kultuurilooline_kollektsioon, lk 106
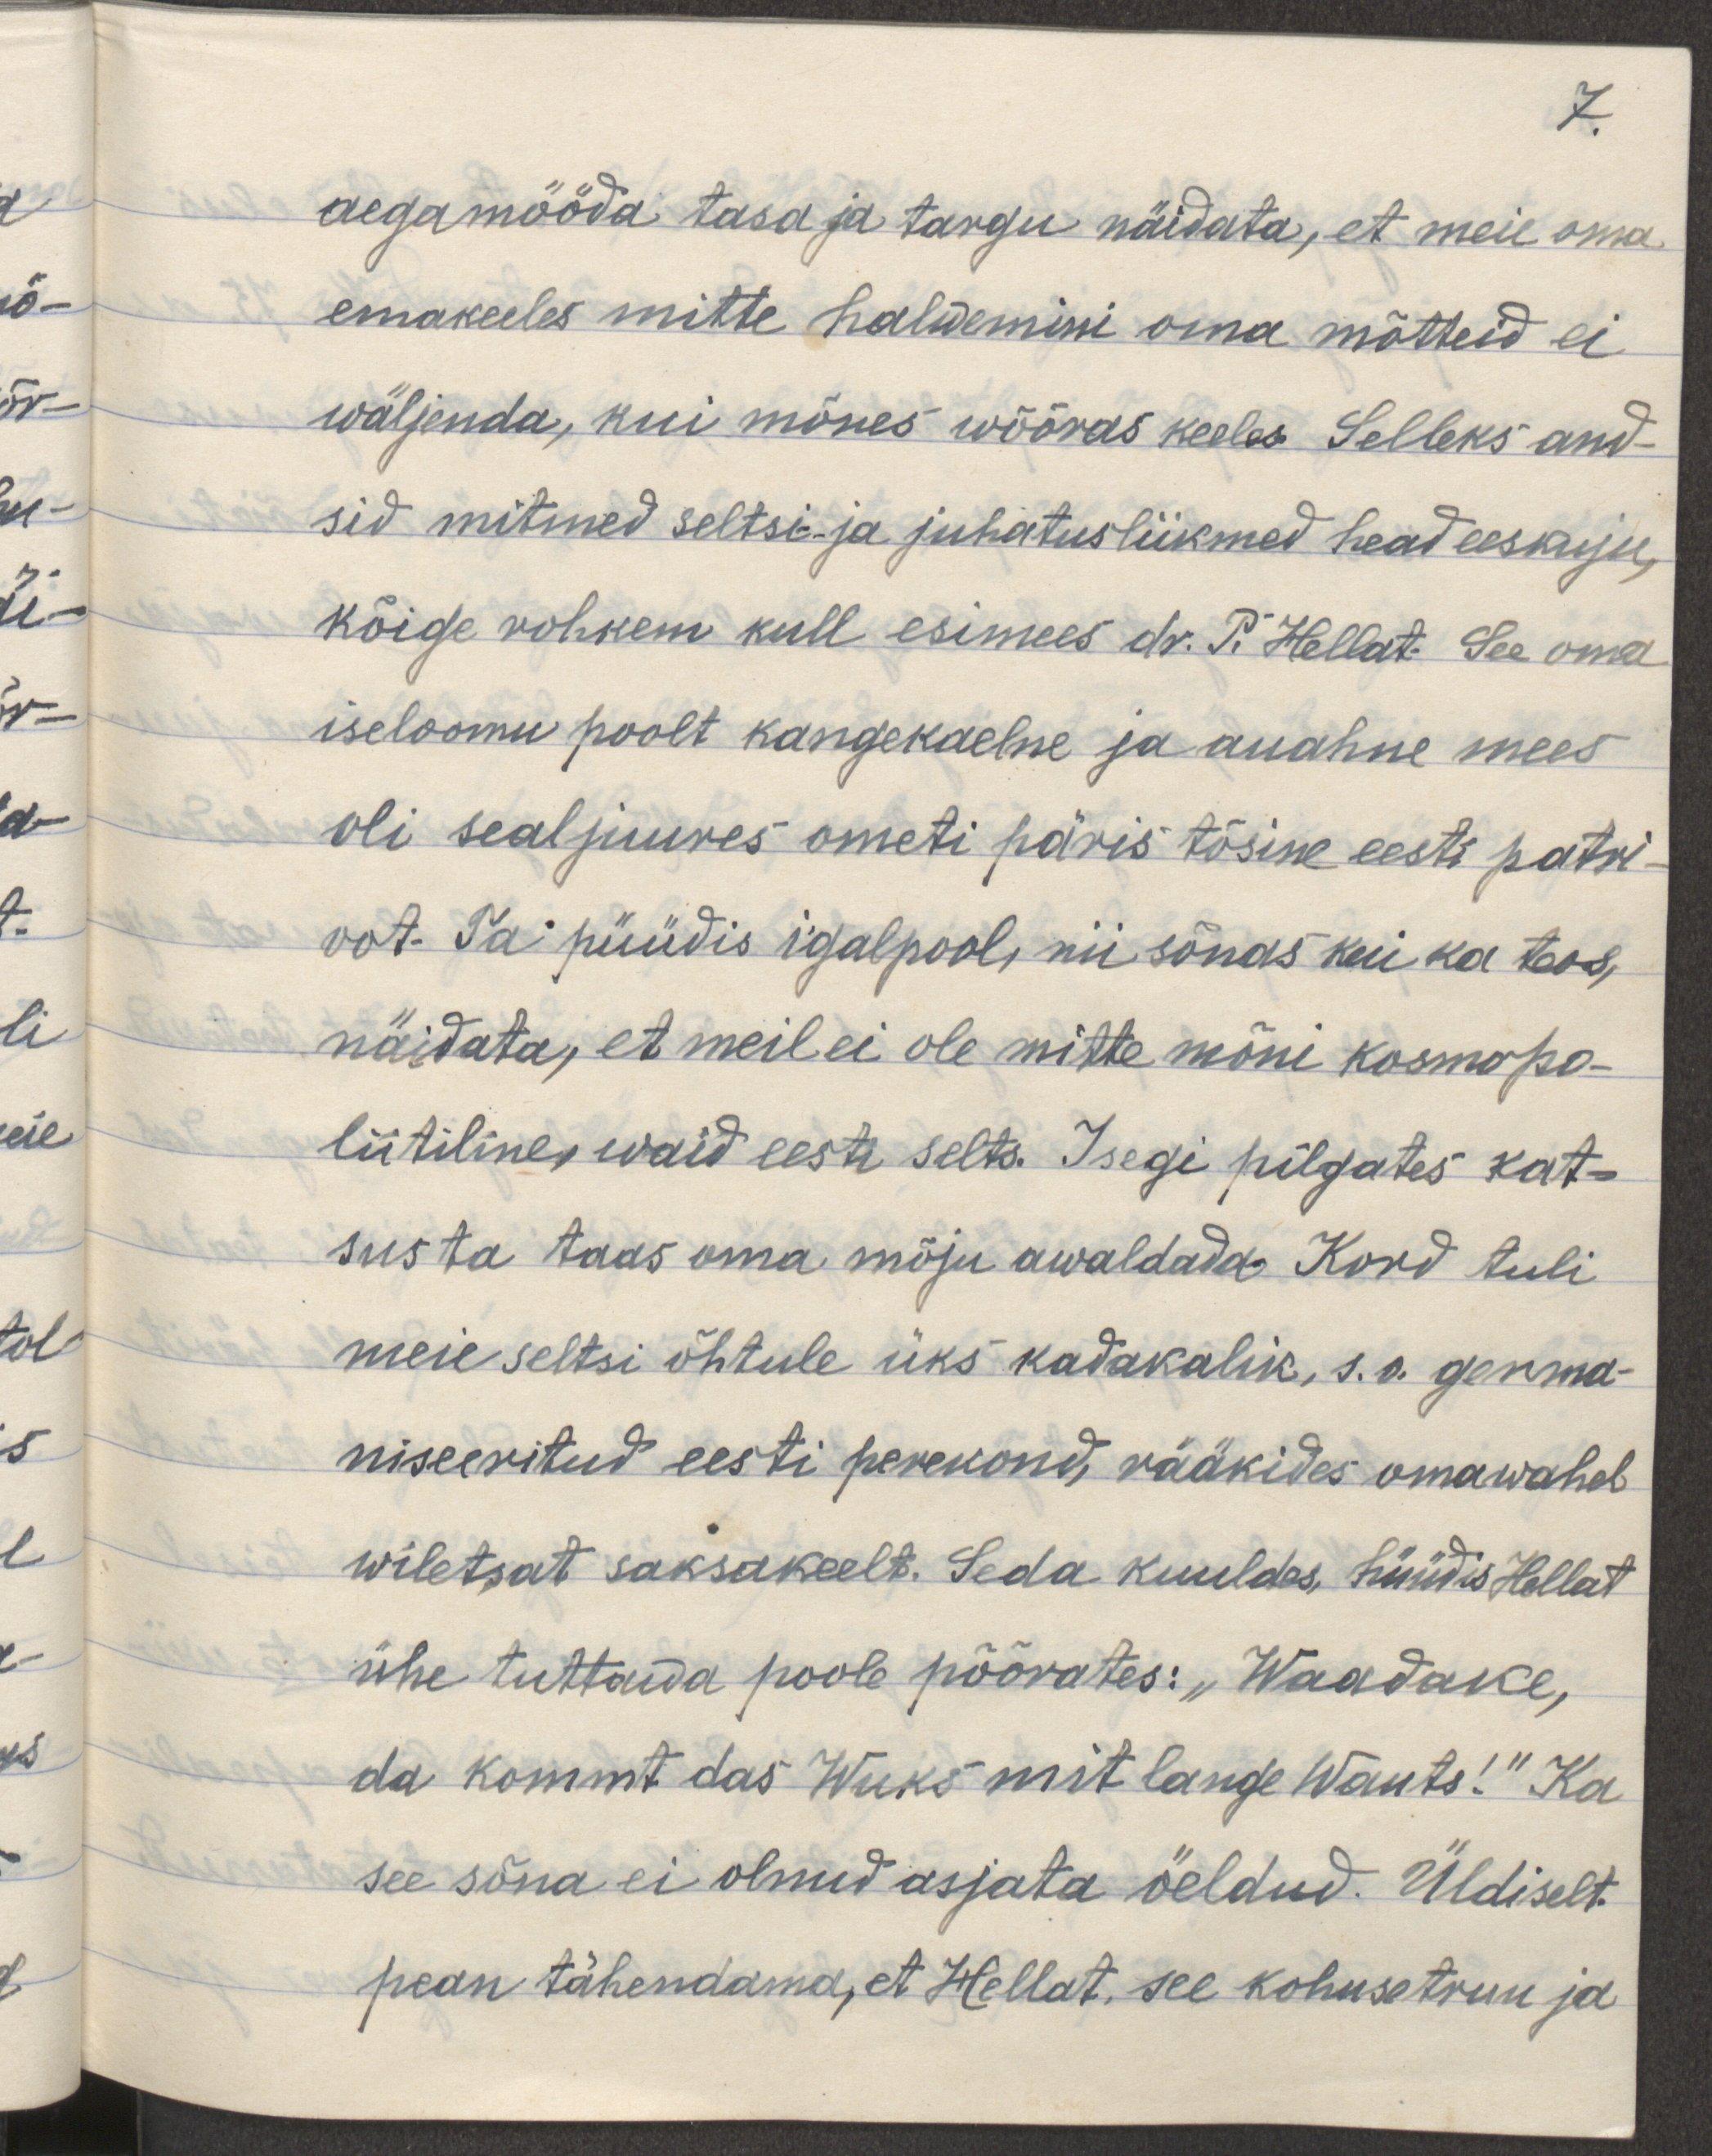
7.
aega mööda tasa ja targu näidata, et meie oma
emakeeles mitte halwemini oma mõtteid ei 
wäljenda, kui mõnes wõõras keeles. Selleks and-
sid mitmed seltsi- ja juhatusliikmed head eeskuju,
kõige rohkem küll esimees dr. P. Hellat. See oma
iseloomu poolt kangekaelne ja auahne mees
oli sealjuures ometi päris tõsine eesti patri-
oot. Ta püüdis igalpool, nii sõnas kui ka teos
näidata, et meil ei ole mitte mõni kosmopo-
liitiline, waid eesti selts. Isegi pilgates kat-
sus ta taas oma mõju awaldada. Kord tuli 
meie seltsi õhtule üks kadakalik, s.o germa-
niseeritud eesti perekond, rääkides omawahel
wiletsat saksakeelt. Seda kuuldes hüüdis Hellat
ühe tuttawa poole pöörates: "Waadake, 
da kommt das Wuks mit lange Wants!" Ka
see sõna ei olnud asjata öeldud. Üldiselt
pean tähendama, et Hellat, see kohusetruu ja